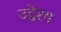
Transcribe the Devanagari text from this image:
उद्वेश्‍य